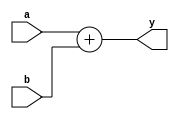
module adder(
  input wire [32-1:0]	a,
  input wire [32-1:0]	b,
  output wire [32-1:0] y
);

	assign y = a + b;

endmodule